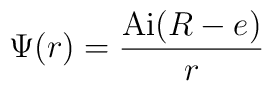
\Psi (r) = {{{\rm Ai}(R-e)} \over r}